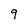
Character: 9